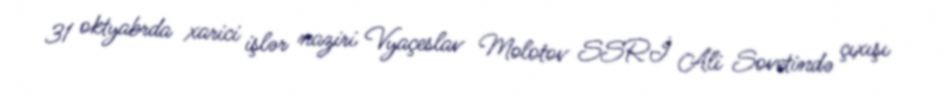
31 oktyabrda xarici işlər naziri Vyaçeslav Molotov SSRİ Ali Sovetində çıxışı